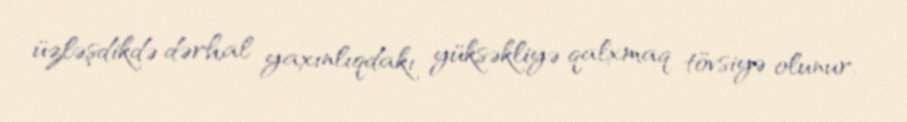
üzləşdikdə dərhal yaxınlıqdakı yüksəkliyə qalxmaq tövsiyə olunur.